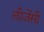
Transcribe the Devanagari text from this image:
लीजेंसी